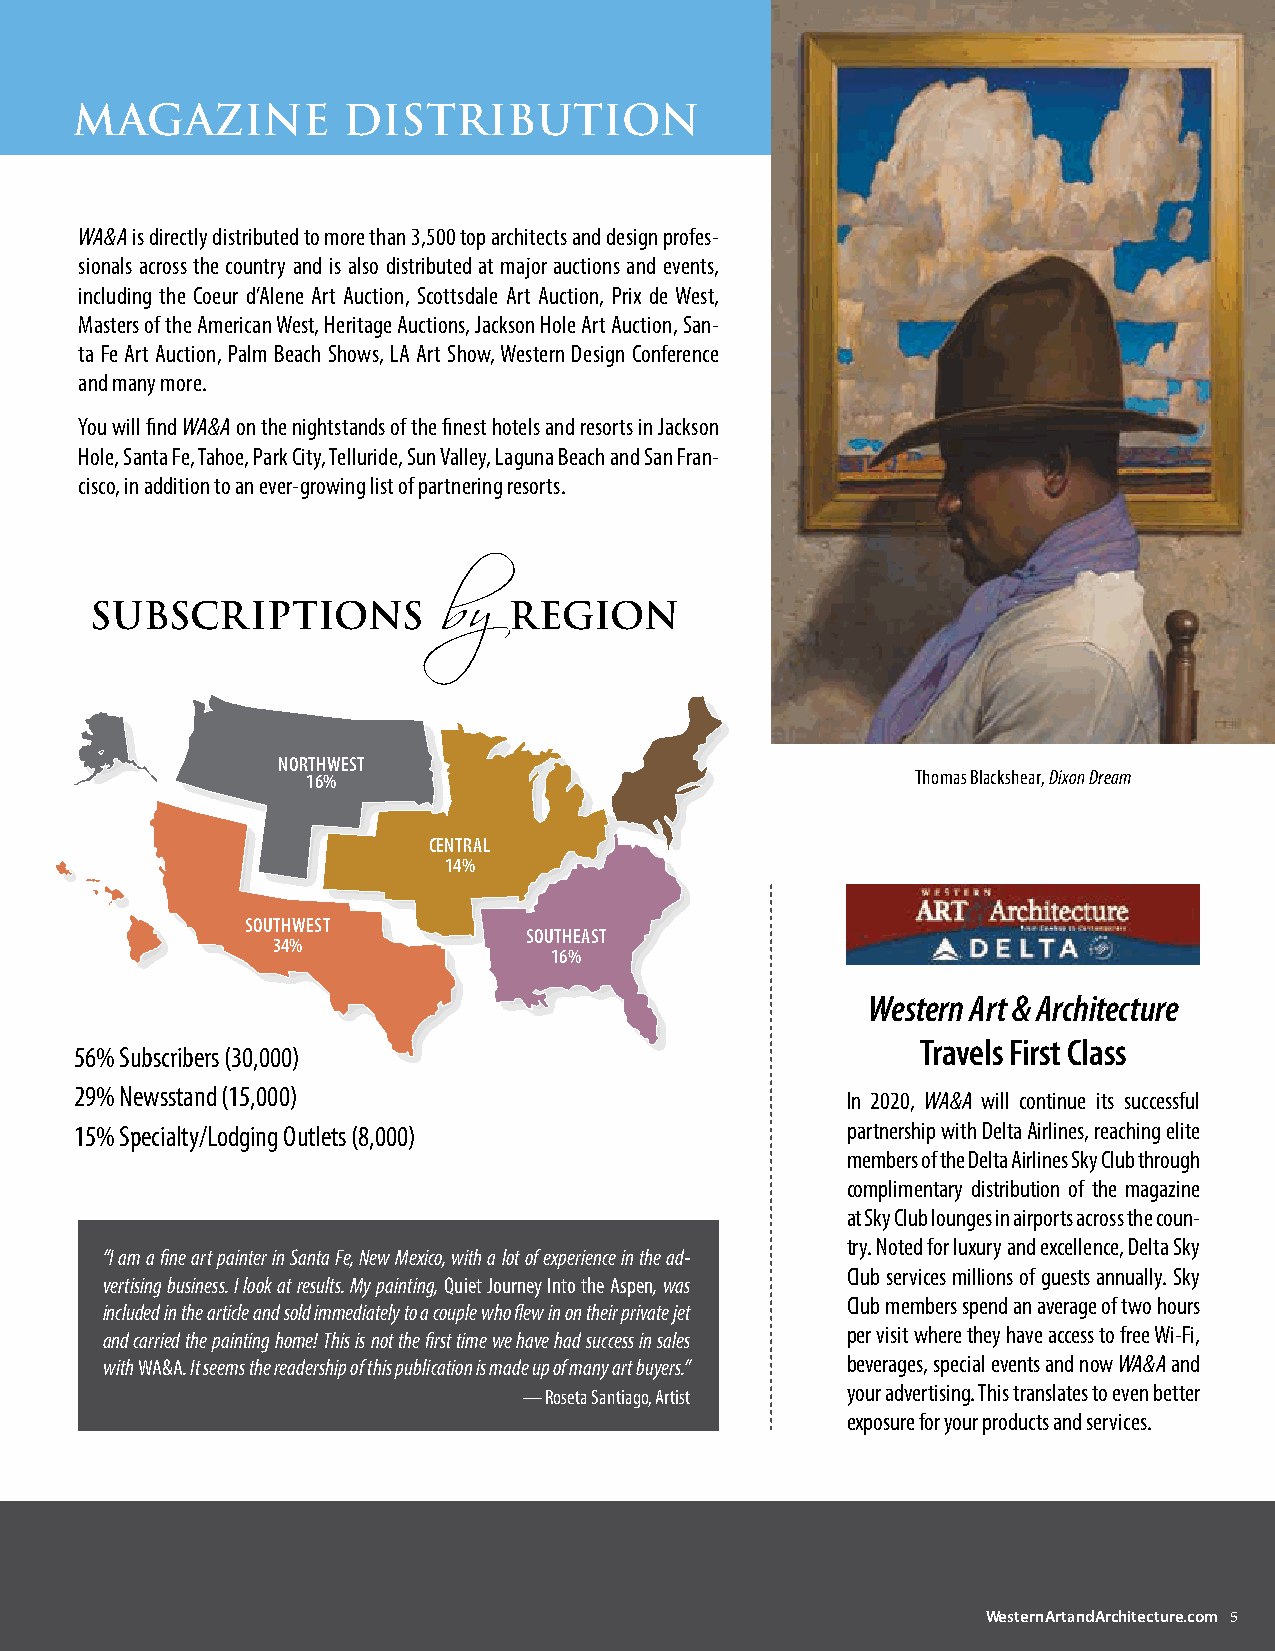
MaGazIne          dISTrIbUTIOn
 WA&A is directly distributed to more than 3,500 top architects and design profes-
 sionals across the country and is also distributed at major auctions and events,
 including the Coeur d’Alene Art Auction, Scottsdale Art Auction, Prix de West,
 Masters of the American West, Heritage Auctions, Jackson Hole Art Auction, San-
 ta Fe Art Auction, Palm Beach Shows, LA Art Show, Western Design Conference
 and many more.
 You will find WA&A on the nightstands of the finest hotels and resorts in Jackson
 Hole, Santa Fe, Tahoe, Park City, Telluride, Sun Valley, Laguna Beach and San Fran-
 cisco, in addition to an ever-growing list of partnering resorts.
 Subscriptions               Region
 by
 northweSt
 16%                                      Thomas Blackshear, Dixon Dream
 Central
 14%
 SouthweSt
 SoutheaSt
 34%
 16%
 Western Art & Architecture
 travels First Class
 56% Subscribers (30,000)
 29% Newsstand (15,000)                             In 2020, WA&A will continue its successful
 15% Specialty/Lodging Outlets (8,000)              partnership with Delta Airlines, reaching elite
 members of the Delta Airlines Sky Club through
 complimentary distribution of the magazine
 at Sky Club lounges in airports across the coun-
 try. Noted for luxury and excellence, Delta Sky
 “I am a fine art painter in Santa Fe, New Mexico, with a lot of experience in the ad-
 Club services millions of guests annually. Sky
 vertising business. I look at results. My painting, Quiet Journey Into the Aspen, was
 Club members spend an average of two hours
 included in the article and sold immediately to a couple who flew in on their private jet
 per visit where they have access to free Wi-Fi,
 and carried the painting home! This is not the first time we have had success in sales
 with WA&A. It seems the readership of this publication is made up of many art buyers.” beverages, special events and now WA&A and
 — Roseta Santiago, Artist your advertising. This translates to even better
 exposure for your products and services.
 WesternArtandArchitecture.com 5